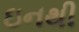
ઇનથી